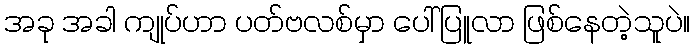
အခု အခါ ကျုပ်ဟာ ပတ်ဗလစ်မှာ ပေါ်ပြူလာ ဖြစ်နေတဲ့သူပဲ။